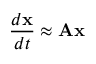
\frac { d { \mathbf { x } } } { d t } \approx { \bf A } { \mathbf { x } }